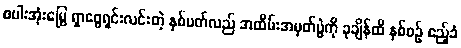
စပါးအုံးမြွေ ရှာဖွေရှင်းလင်းတဲ့ နှစ်ပတ်လည် အထိမ်းအမှတ်ပွဲကို ခုချိန်ထိ နှစ်စဉ် ဧည့်ခံ